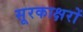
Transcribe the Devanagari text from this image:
सूरकाक्षरों